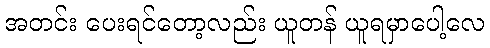
အတင်း ပေးရင်တော့လည်း ယူတန် ယူရမှာပေါ့လေ